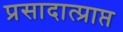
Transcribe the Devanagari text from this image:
प्रसादात्प्राप्त